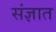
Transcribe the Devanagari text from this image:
संज्ञात